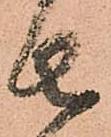
者